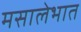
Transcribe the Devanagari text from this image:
मसालेभात